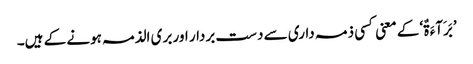
’بَرَآءَ ۃٌ‘ کے معنی کسی ذمہ داری سے دست بردار اور بری الذمہ ہونے کے ہیں۔